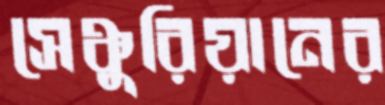
সেঞ্চুরিয়ানের